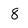
Character: 8